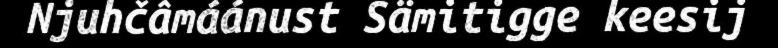
Njuhčâmáánust Sämitigge keesij